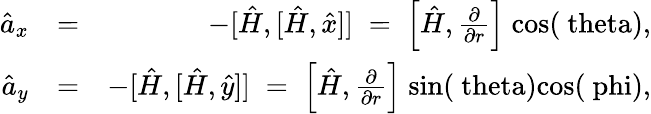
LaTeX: \begin{array}{rlr}{\hat{a}_{x}}&{=}&{-[\hat{H},[\hat{H},\hat{x}]]\; =\; \left[\hat{H},\frac{\partial}{\partial r}\right]\; \mathrm{cos(\ theta)},}\\ {\hat{a}_{y}}&{=}&{-[\hat{H},[\hat{H},\hat{y}]]\; =\; \left[\hat{H},\frac{\partial}{\partial r}\right]\; \mathrm{sin(\ theta)cos(\ phi)},}\end{array}